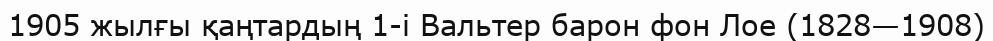
1905 жылғы қаңтардың 1-і Вальтер барон фон Лое (1828—1908)